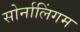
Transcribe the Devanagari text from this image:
सोर्नालिंगम